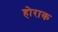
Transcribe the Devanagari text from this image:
होराक